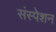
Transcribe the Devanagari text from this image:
संस्पेशन